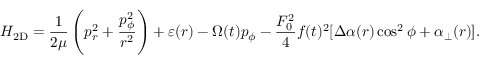
{ \cal H } _ { \mathrm { 2 D } } = \frac { 1 } { 2 \mu } \left( p _ { r } ^ { 2 } + \frac { p _ { \phi } ^ { 2 } } { r ^ { 2 } } \right) + \varepsilon ( r ) - \Omega ( t ) p _ { \phi } - \frac { F _ { 0 } ^ { 2 } } { 4 } f ( t ) ^ { 2 } [ \Delta \alpha ( r ) \cos ^ { 2 } \phi + \alpha _ { \bot } ( r ) ] .